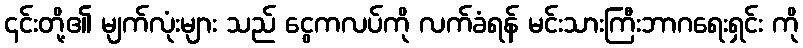
၎င်းတို့၏ မျက်လုံးများ သည် ငွေကလပ်ကို လက်ခံရန် မင်းသားကြီးဘာဂရေးရှင်း ကို